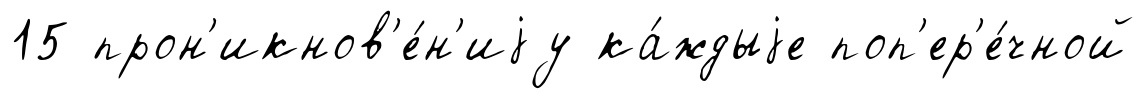
15 прон'икнов'е́н'иjу ка́ждыjе поп'ер'е́чной